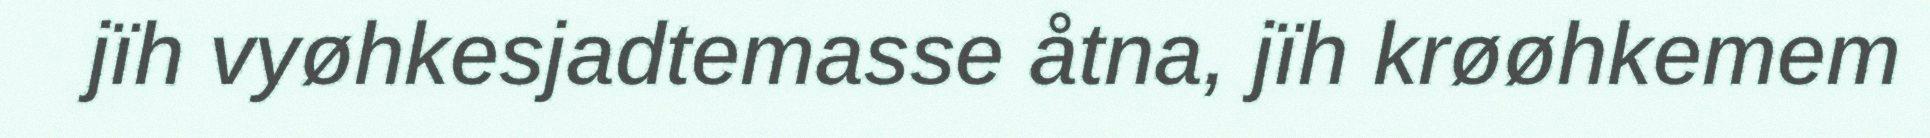
jïh vyøhkesjadtemasse åtna, jïh krøøhkemem